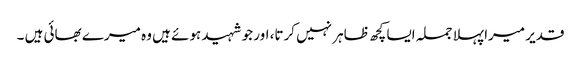
قدیر میرا پہلا جملہ ایسا کچھ ظاہر نہیں کرتا، اور جو شہید ہوئے ہیں وہ میرے بھائی ہیں ۔